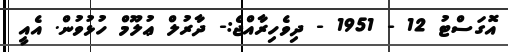
އޮގަސްޓު 12 - 1951 - ދިވެހިރާއްޖެ:- ދާރުލް ޢުލޫމް ހުޅުވުން. އެއީ